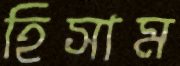
হিসাম